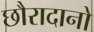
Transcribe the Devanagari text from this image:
छौरादानो